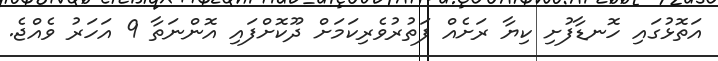
އަތޮޅުގައި ހޮނޑާފުށި ކިޔާ ރަށެއް ފަތުރުވެރިކަމަށް ދޫކޮށްފައި އޮންނަތާ 9 އަހަރު ވެއްޖެ.